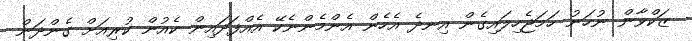
ޒަކްވާން ނުހަނު ހަމަޖެހިލައިގެން އިނދެ އެހެން އެންމެންނެކޭ އެއްފަދައިން ކެއުން ކުރިއަށް ގެންދަން